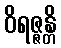
ဝိရဇ္ဇန္တိ